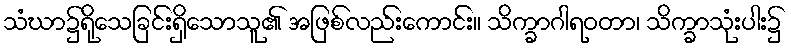
သံဃာ၌ရိုသေခြင်းရှိသောသူ၏ အဖြစ်လည်းကောင်း။ သိက္ခာဂါရဝတာ၊ သိက္ခာသုံးပါး၌